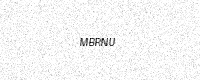
Text: MBRNU